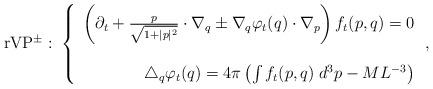
LaTeX: \begin{align*}\textrm{rVP}^{\pm}:\;\left\{ \begin{array}{r}\left(\partial_t + \frac{p}{\sqrt{1+\lvert p \rvert^2}} \cdot \nabla_q \pm \nabla_q\varphi_t(q) \cdot \nabla_p \right)f_t(p,q)=0\\ \\ \triangle_q\varphi_t(q) = 4\pi \left(\int f_t(p,q)\; d^3p - ML^{-3}\right) \end{array}\right., \end{align*}